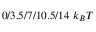
0 / 3 . 5 / 7 / 1 0 . 5 / 1 4 \, \, k _ { B } T